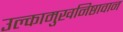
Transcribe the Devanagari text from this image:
उल्कामुखनिष्ठावान